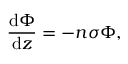
{ \frac { \mathrm { d } \Phi } { \mathrm { d } z } } = - n \sigma \Phi ,